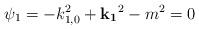
LaTeX: \begin{align*}\psi_1=-k_{1,0}^2+{\bf k_1}^2-m^2=0\end{align*}